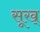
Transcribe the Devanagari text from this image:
सूख्